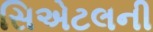
સિએટલની